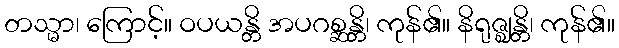
တသ္မာ၊ ကြောင့်။ ဝပယန္တိ အပဂစ္ဆန္တိ၊ ကုန်၏။ နိရုဇ္ဈန္တိ၊ ကုန်၏။